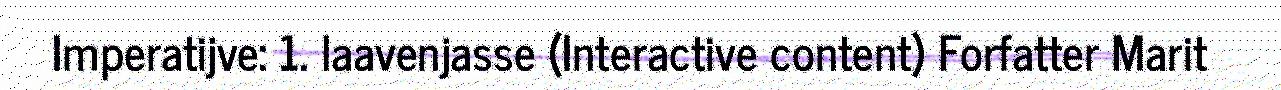
Imperatijve: 1. laavenjasse (Interactive content) Forfatter Marit